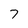
Character: 7